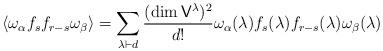
LaTeX: \begin{align*}\langle \omega_\alpha f_s f_{r-s} \omega_\beta \rangle = \sum_{\lambda \vdash d} \frac{(\dim \mathsf{V}^\lambda)^2}{d!} \omega_\alpha(\lambda) f_s(\lambda)f_{r-s}(\lambda) \omega_\beta(\lambda)\end{align*}